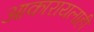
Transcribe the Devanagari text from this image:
आकारायलाही